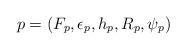
LaTeX: \begin{align*}p = (F_p, \epsilon_p, h_p, R_p, \psi_p)\end{align*}